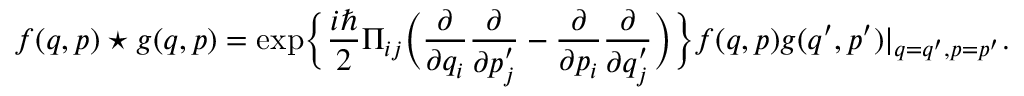
f ( q , p ) \star g ( q , p ) = \mathrm { e x p } \Big \{ \frac { i \hbar } { 2 } \Pi _ { i j } \Big ( \frac { \partial } { \partial q _ { i } } \frac { \partial } { \partial p _ { j } ^ { \prime } } - \frac { \partial } { \partial p _ { i } } \frac { \partial } { \partial q _ { j } ^ { \prime } } \Big ) \Big \} f ( q , p ) g ( q ^ { \prime } , p ^ { \prime } ) | _ { q = q ^ { \prime } , p = p ^ { \prime } } .